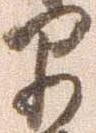
早